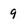
Character: 9